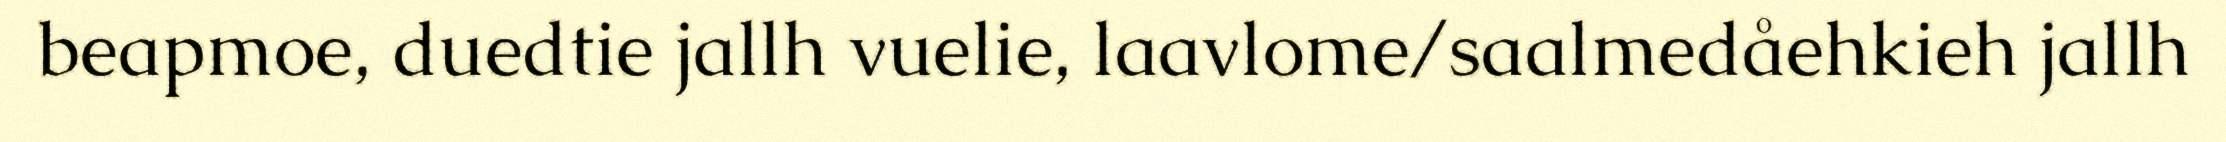
beapmoe, duedtie jallh vuelie, laavlome/saalmedåehkieh jallh